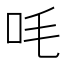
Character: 㕰